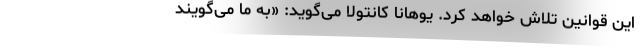
این قوانین تلاش خواهد کرد. یوهانا کانتولا می‌گوید: «به ما می‌گویند